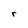
Character: r